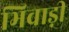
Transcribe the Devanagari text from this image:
भिवाड़ी